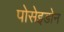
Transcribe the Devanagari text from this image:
पोसेइडोन